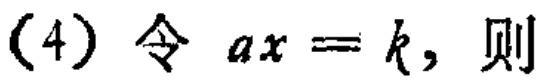
(4) 令 \(ax = k\)，则